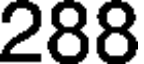
288